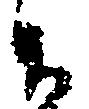
候